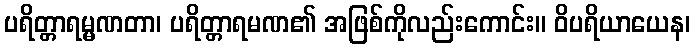
ပရိတ္တာရမ္မဏတာ၊ ပရိတ္တာရမဏ၏ အဖြစ်ကိုလည်းကောင်း။ ဝိပရိယာယေန၊